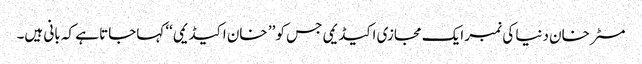
مسٹر خان دنیا کی نمبر ایک مجازی اکیڈیمی جس کو ’’ خان اکیڈیمی‘‘ کہاجاتا ہے کہ بانی ہیں۔